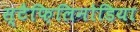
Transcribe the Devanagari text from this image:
स्टैफ़िलिनोडिया